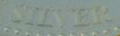
STLVER